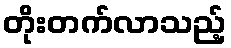
တိုးတက်လာသည့်